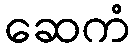
ဆေကံ